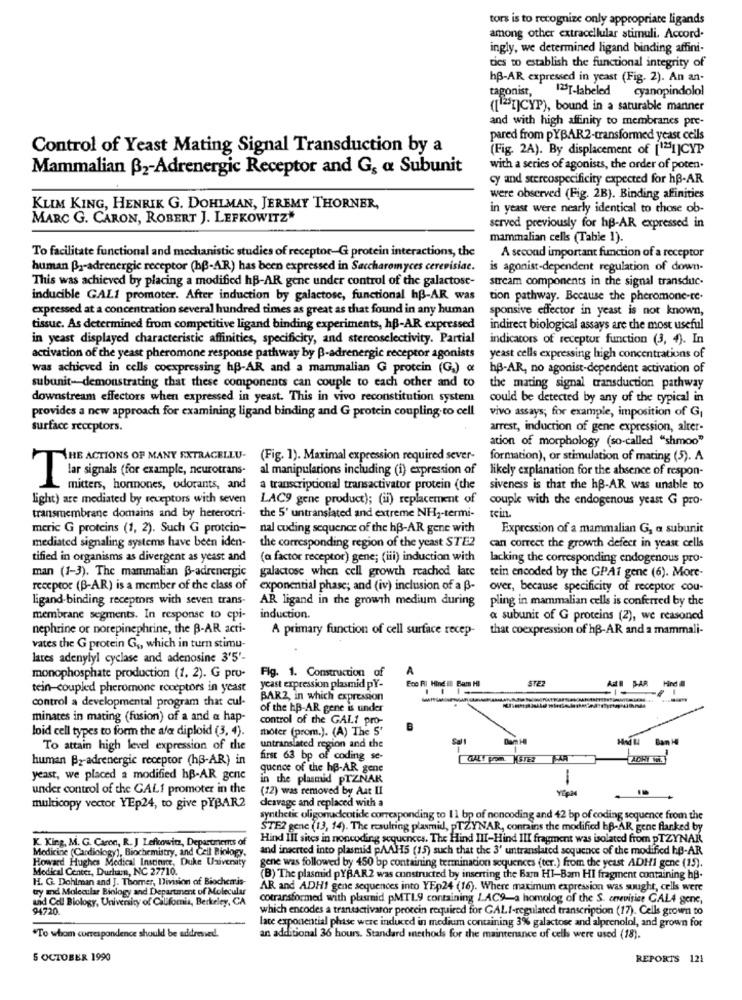
tors is to recognize only appropriate ligands
among other extracellular stimuli. Accord-
ingly, we determined ligand binding affini-
ties to establish the functional integrity of
hp-AR expressed in yeast (Fig. 2). An an-
tagonist,
12]-labeled cyanopindolol
([ ""I]CYP), bound in a saturable manner
and with high affinity to membranes pre-
pared from pYBAR2-transformed yeast cells
Control of Yeast Mating Signal Transduction by a
(Fig. 2A). By displacement of [121]CYP
Mammalian B2-Adrenergic Receptor and G, a Subunit
with a series of agonists, the order of poten.
cy and stereospecificity expected for hp-AR
were observed (Fig. 2B). Binding affinities
KLIM KING, HENRIK G. DOHLMAN, JEREMY THORNER,
in yeast were nearly identical to those ob-
MARC G. CARON, ROBERT J. LEFKOWITZ"
served previously for hp-AR expressed in
mammalian cells (Table 1).
To facilitate functional and mechanistic studies of receptor-G protein interactions, the
A second important function of a receptor
human Br-adrenergic receptor (hp-AR) has been expressed in Saccharomyces cerevisiae.
is agonist-dependent regulation of down-
This was achieved by placing a modified hB-AR gene under control of the galactose-
stream components in the signal transduc-
inducible GALI promoter. After induction by galactose, functional hß-AR was
tion pathway. Because the pheromone-re-
expressed at a concentration several hundred times as great as that found in any human
sponsive effector in yeast is not known,
tissue. As determined from competitive ligand binding experiments, hp-AR expressed
indirect biological assays are the most useful
in yeast displayed characteristic affinities, specificity, and stereoselectivity. Partial
indicators of receptur function (3, 4). In
activation of the yeast pheromone response pathway by B-adrenergic receptor agonists
yeast cells expressing high concentrations of
was achieved in cells coexpressing hp-AR and a mammalian G protein (G.) &
hp-AR, no agonist-dependent activation of
subunit-demonstrating that these components can couple to each other and to
the mating signal transduction pathway
downstream effectors when expressed in yeast. This in vivo reconstitution systent
could be detected by any of the typical in
provides a new approach for examining ligand binding and G protein coupling. to cell
vivo assays; for example, imposition of G,
surface receptors.
arrest, induction of gene expression, alter-
ation of morphology (so-called "shmoo"
THE ACTIONS OF MANY EXTRACELLU-
(Fig. 1). Maximal expression required sever-
formation), or stimulation of mating (5). A.
al manipulations including (i) expression of
likely explanation for the absence of respon-
ar signals (for example, neurotrans-
mitters, hormones, odorants, and
a transcriptional transactivator protein (the siveness is that the hp-AR was unable to
light) are mediated by receptors with seven
LAC9 gene product); (ii) replacement of
couple with the endogenous yeast G pro-
transmembrane domains and by heterotri-
the 5' untranslated and extreme NH2-termi-
tein
meric G proteins (1, 2). Such G protein-
nal coding sequence of the hB-AR gene with
Expression of a mammalian G, a subunit
mediated signaling systems have been iden-
the corresponding region of the yeast STE2
can correct the growth defect in yeast cells
tified in organisms as divergent as yeast and
(a factor receptor) gene; (iii) induction with
lacking the corresponding endogenous pro-
galactose when cell growth reached late
man (1-3). The mammalian B-adrenergic
tein encoded by the GPAi gene (6). More-
receptor (B-AR) is a member of the class of
exponential phase; and (iv) inclusion of a B-
over, because specificity of receptor cou-
ligand-binding receptors with seven trans-
AR ligand in the growth medium during
pling in mammalian cells is conferred by the
membrane segments. In response to epi-
induction.
a subunit of G proteins (2), we reasoned
nephrine or norepinephrine, the B-AR acti-
A primary function of cell surface recep-
that coexpression of hB-AR and a mammali-
vates the G protein G ,, which in turn stimu-
lares adenylyl cyclase and adenosine 3'5'-
Fig. 1. Construction of
monophosphate production (1, 2). G pro-
STEZ
SAR
Hind
tein-coupled pheromone receptors in yeast
yeast expression plasmid pY-
control a developmental program that cul-
BAR2, in which expression
of the hB-AR gene is under
minates in mating (fusion) of a and a hap-
control of the GAL.1 pro-
moter (prom.). (A) The 5'
loid cell types to form the afa diploid (3, 4).
To attain high level expression of the
untranslated region and the
human By-adrenergic receptor (hß-AR) in
first 63 bp of coding se-
T-AR
quence of the hp-AR gene
yeast, we placed a modified hB-AR gene
in the plasmid PTZNAR
1
under control of the GALf promoter in the
(12) was removed by Aat II
YEpal
deavage and replaced with a
multicopy vector YEp24, to give PYBAR2
synthetic oligonucleotide corresponding to 1 1 bp of noncoding and 42 bp of coding sequence from the
STE? gene (13, 14). The resulting plasmid, pTZYNAR, contains the modified hp-AR gene flanked by
K King, M. G. Caron, R. J Lefkowitz, Departments of
Hind III sites in noncoding sequences. The Hind III-Hind III fragment was isolated from pTZYNAR
Medicine (Cardiology), Biochemistry, and Cell Biology.
and inserted into plasmid pAAH5 (15) such that the 3' untranslated sequence of the modified hp-AR
Howard Hughes Medical Inscience, Duke University
Medical Center, Durham, NC 27710.
gene was followed by 450 bp containing terminacion sequences (ter.) from the yeast ADHi gene (15).
H. G. Dohlman and J. Thomer, Division of Biochemis-
(B) The plasmid pYBAR2 was constructed by inserting the Barn HI-Bam HI fragment containing hB.
try and Molecular Biology and Department of Molecular
AR and ADHI gene sequences into YEp24 (16). Where maximum expression was sought, cells were
and Cell Biology, University of California, Berkeley, CA
cotransformed with plasmid pMTL9 containing LAC9-a homolog of the S. onevisise GAL4 gene,
94720
which encodes a transactivaror protein required for GALI-regulated transcription (17). Cells grown to
late exponential phase were induced in medium containing 3% galactose and alprenolol, and grown for
"To whom correspondence should be addressed.
an additional 36 hours. Standard methods for the maintenance of cells were used (18).
5 OCTOBER 1990
REPORTS 121